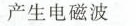
产生电磁波